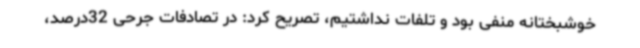
خوشبختانه منفی بود و تلفات نداشتیم، تصریح کرد: در تصادفات جرحی 32درصد،